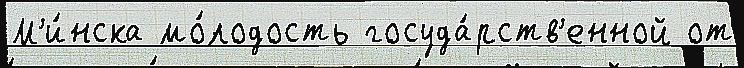
М'и́нска мо́лодость госуда́рств'енной от